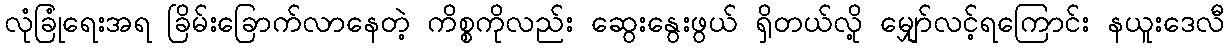
လုံခြုံရေးအရ ခြိမ်းခြောက်လာနေတဲ့ ကိစ္စကိုလည်း ဆွေးနွေးဖွယ် ရှိတယ်လို့ မျှော်လင့်ရကြောင်း နယူးဒေလီ